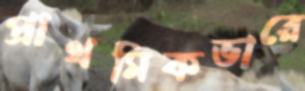
প্রাথমিকভারে